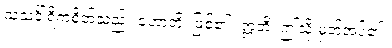
သသင်္ခါရိကစိတ်သည်။ ဟောတိ၊ ဖြစ်၏။ ဣတိ၊ ဤသို့ မှတ်အပ်၏။